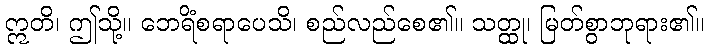
ဣတိ၊ ဤသို့။ ဘေရိံစရာပေသိ၊ စည်လည်စေ၏။ သတ္ထု၊ မြတ်စွာဘုရား၏။